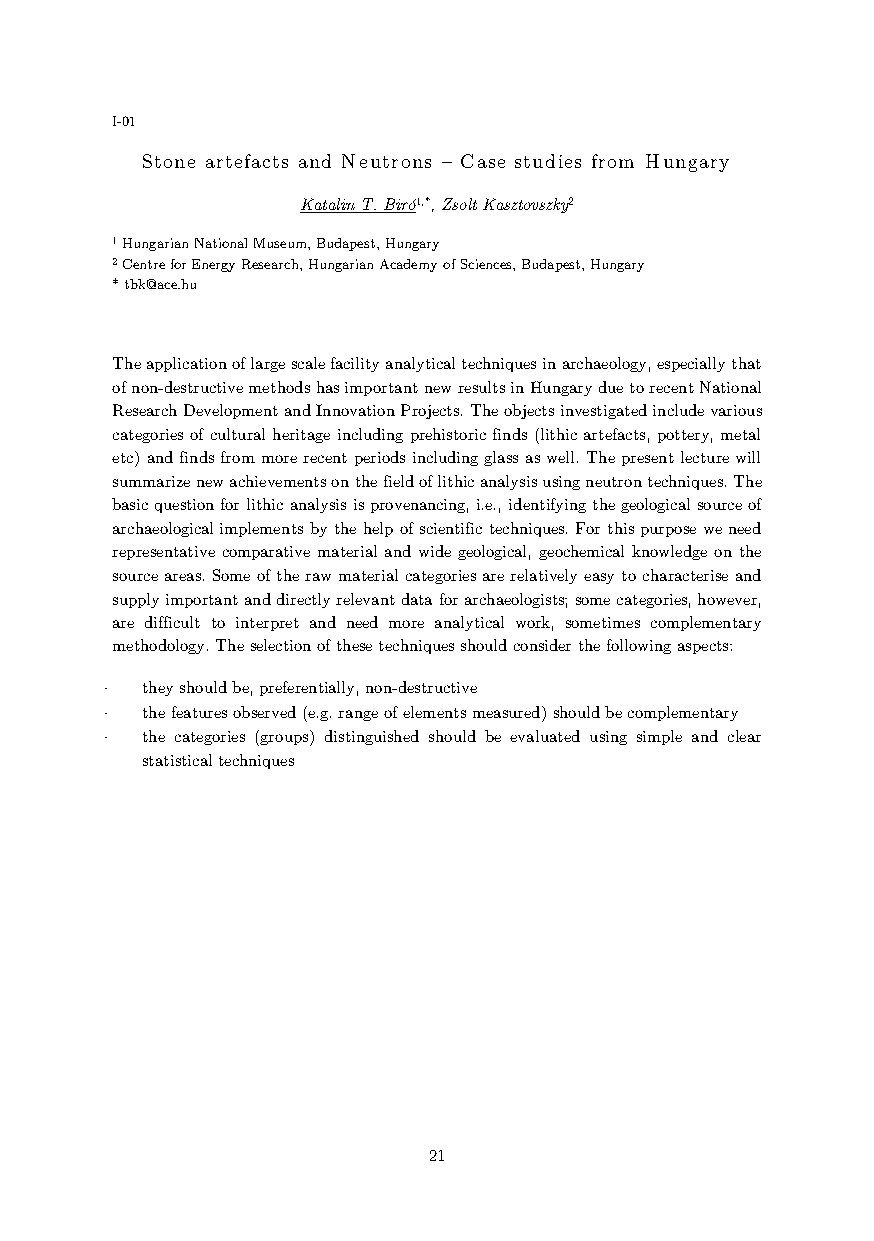
I-01
 Stone artefacts and Neutrons – Case studies from Hungary
 Katalin T. Biró1,*, Zsolt Kasztovszky2
 1 Hungarian National Museum, Budapest, Hungary
 2 Centre for Energy Research, Hungarian Academy of Sciences, Budapest, Hungary
 * tbk@ace.hu
 The application of large scale facility analytical techniques in archaeology, especially that
 of non-destructive methods has important new results in Hungary due to recent National
 Research Development and Innovation Projects. The objects investigated include various
 categories of cultural heritage including prehistoric finds (lithic artefacts, pottery, metal
 etc) and finds from more recent periods including glass as well. The present lecture will
 summarize new achievements on the field of lithic analysis using neutron techniques. The
 basic question for lithic analysis is provenancing, i.e., identifying the geological source of
 archaeological implements by the help of scientific techniques. For this purpose we need
 representative comparative material and wide geological, geochemical knowledge on the
 source areas. Some of the raw material categories are relatively easy to characterise and
 supply important and directly relevant data for archaeologists; some categories, however,
 are difficult to interpret and need more analytical work, sometimes complementary
 methodology. The selection of these techniques should consider the following aspects:
  they should be, preferentially, non-destructive
  the features observed (e.g. range of elements measured) should be complementary
  the categories (groups) distinguished should be evaluated using simple and clear
 statistical techniques
 21